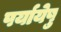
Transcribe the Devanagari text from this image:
पर्यायेषु